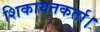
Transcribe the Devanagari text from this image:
शिकायतकर्ता।